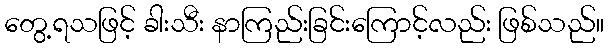
တွေ့ရသဖြင့် ခါးသီး နာကြည်းခြင်းကြောင့်လည်း ဖြစ်သည်။